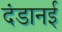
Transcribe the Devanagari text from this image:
दंडानई